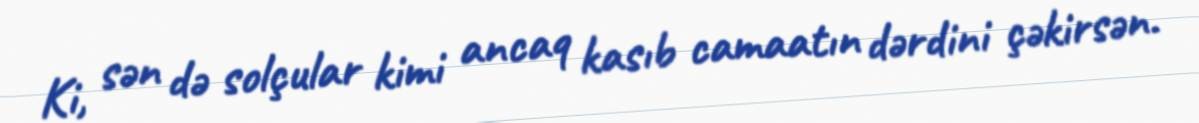
Ki, sən də solçular kimi ancaq kasıb camaatın dərdini çəkirsən.